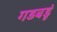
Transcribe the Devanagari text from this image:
गडबडूं